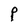
Character: P